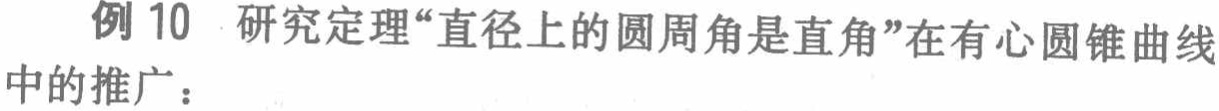
例 10 研究定理“直径上的圆周角是直角”在有心圆锥曲线中的推广：